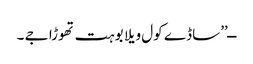
ــ’’ساڈے کول ویلا بوہت تھوڑا جے ۔